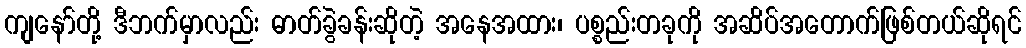
ကျနော်တို့ ဒီဘက်မှာလည်း ဓာတ်ခွဲခန်းဆိုတဲ့ အနေအထား၊ ပစ္စည်းတခုကို အဆိပ်အတောက်ဖြစ်တယ်ဆိုရင်